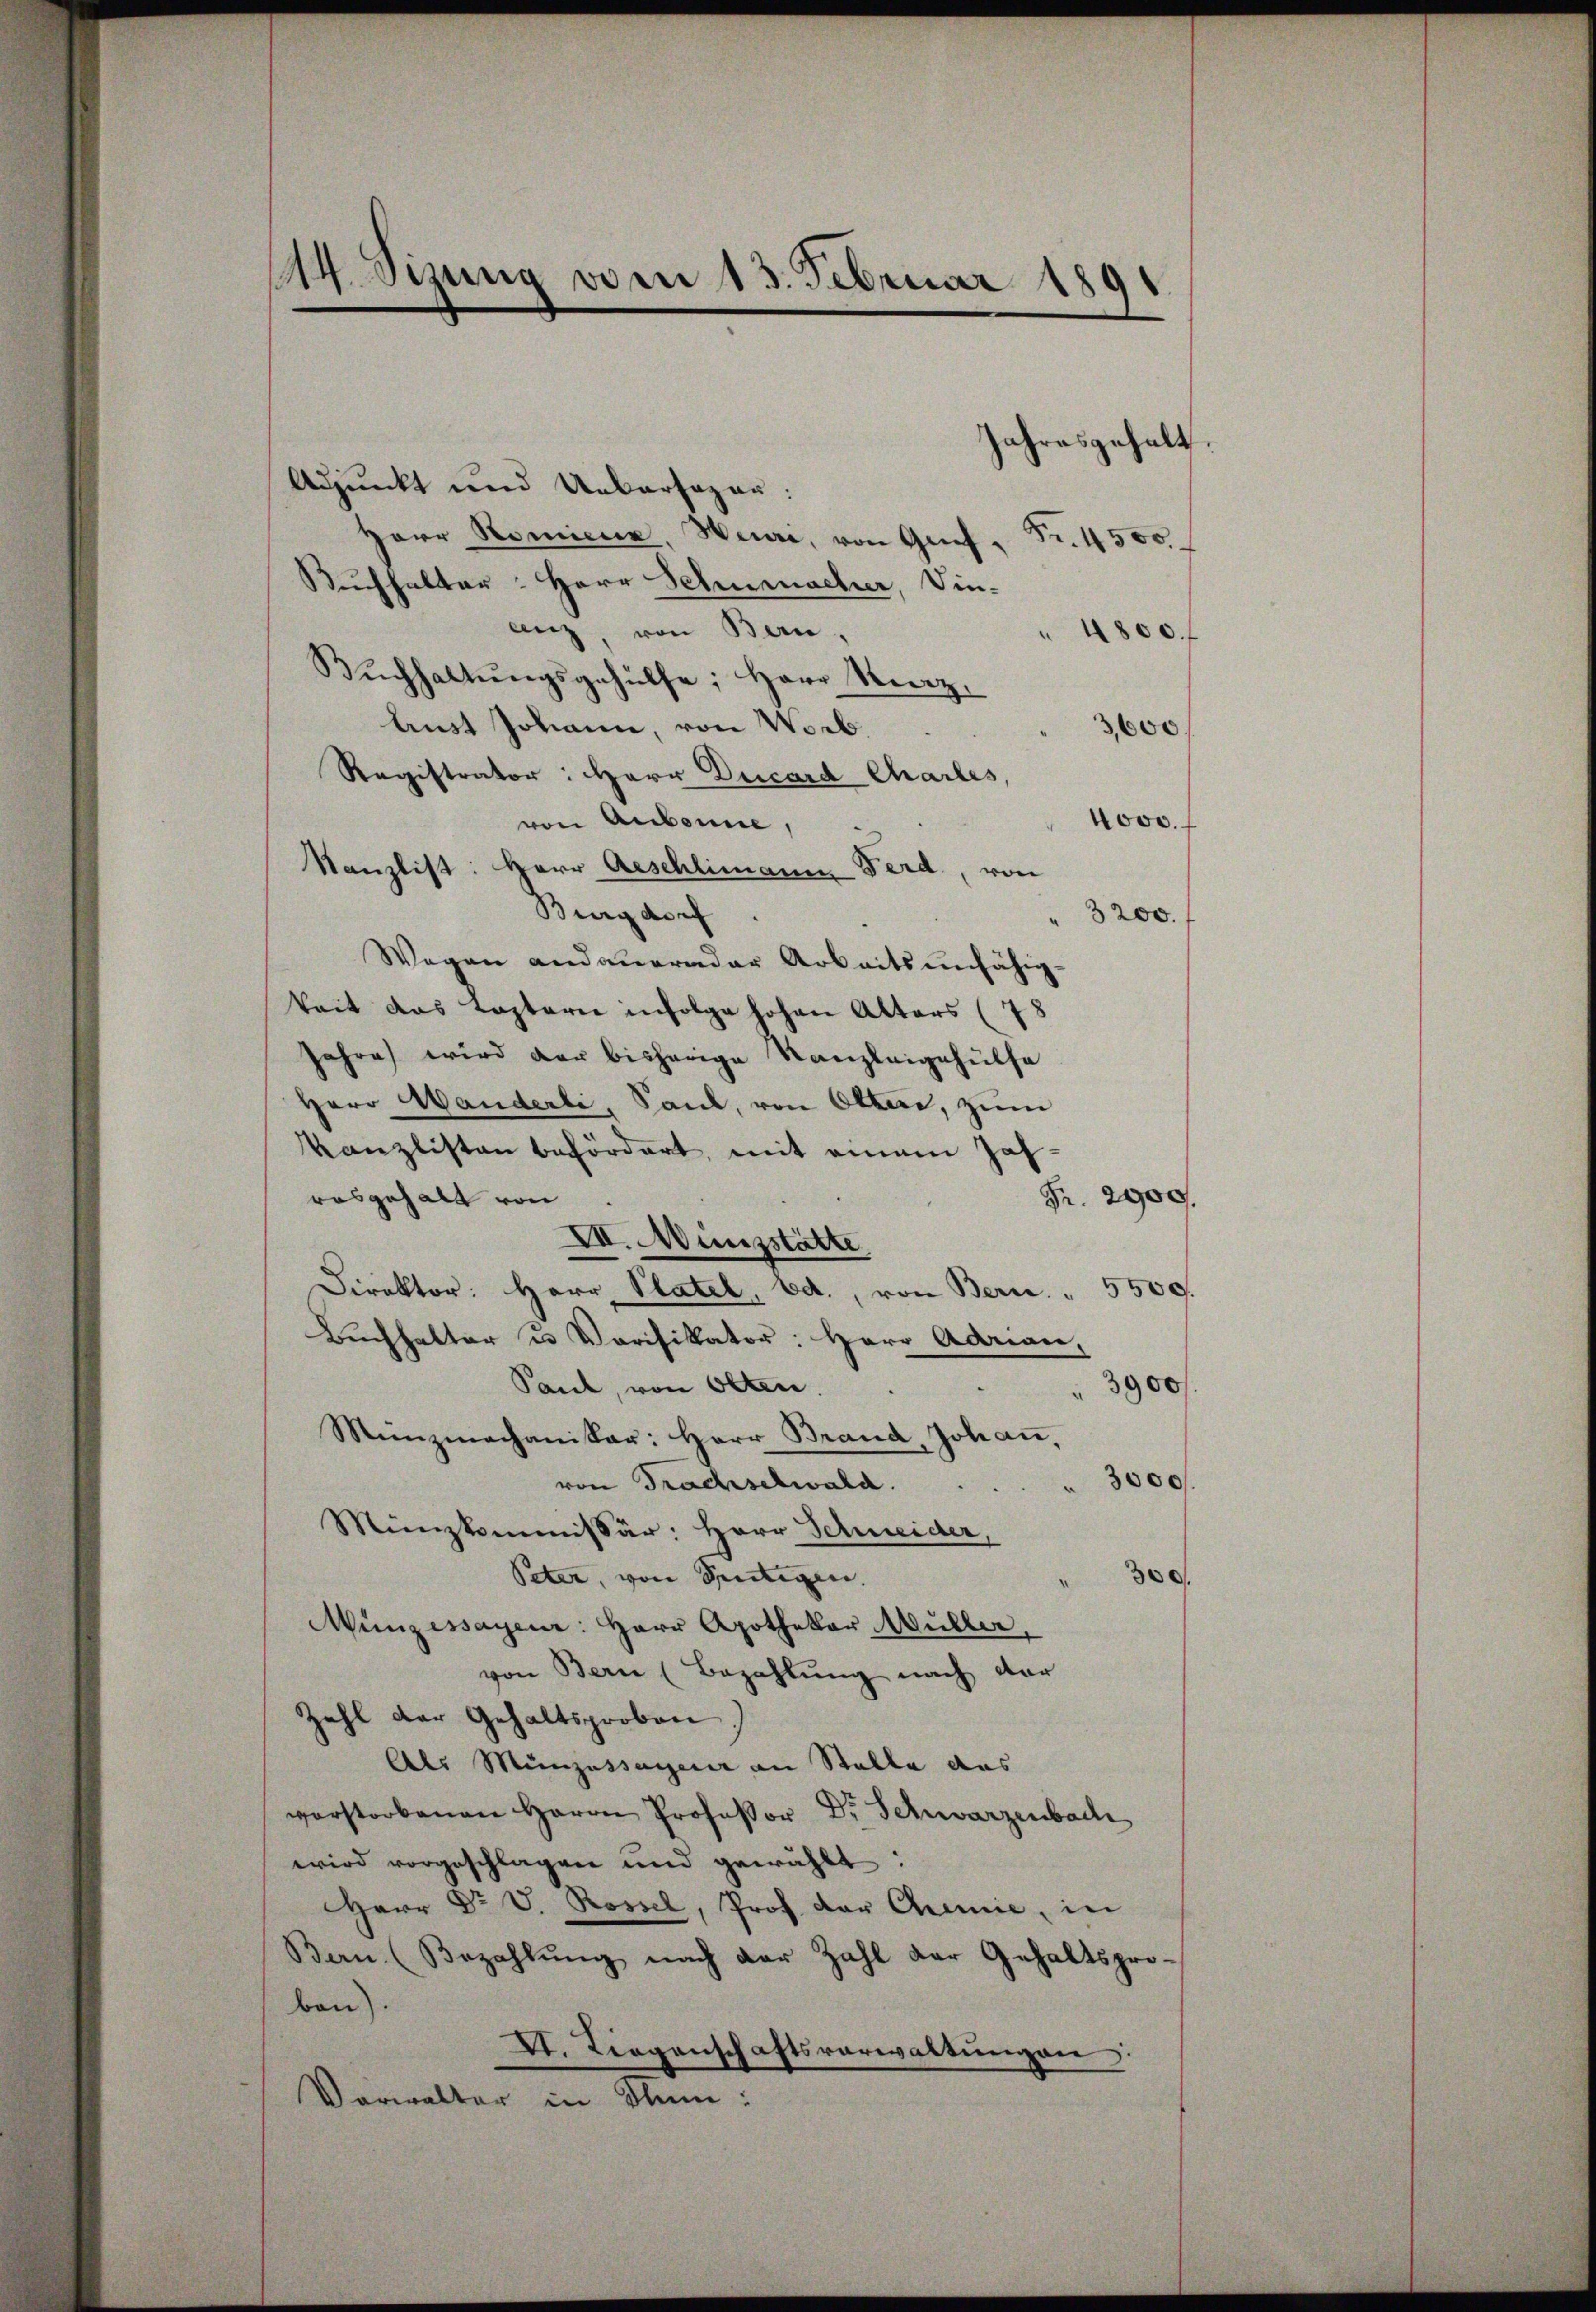
14. Sizung vom 13. Februar 1891

Jahresgehalt.
Adjunkt und Unkarsogar:
Herr Nomine. Weni, von Grief,
Fr. 4500.
Ruchhalter: Herr Schumacher, Vin-
anz, von Bern
4800.
Bŭchhaltŭngsgehülfe, Herr Rez.
lust Johann, von Worb.
3,600.
Registrator: Herr Ducard Chartes,
4000.
von Aubonne,
Kanzlist: Herr Aeschlimann Ferd., von
Burgdorf
" 3200.
Wegen andauerader Arbeitsunfähig-
keit das Lastern infolge hohen Alters (78
Jahre wird der bisherige Kanzleigehülfe
Herr Handerli, Sand, von Otten, zum
Kanzlisten befördert, mit einem Jah¬
Fr. 2900.
rosgehalt von
XII. Münzstätte
Direktor: Herr Platel, Bd., von Bern. " 5500.
Buchhalter u Verifikator: Herr Adrian,
3900/
Paul, von Olten.
Miinznachaniker: Herr Brand, Johann,
3000.
von Trachselwald.
Münzkommissär: Herr Schneider,
Peten, von Sentigen.
300.
Münzessayeur: Herr Apothekar Müller
von Bern (Bezahlŭng nach dar
zahl der Gehaltsproben.
Als Münzessagener an Stelle das
vorstorbenen Herrn Professor Dr. Schwarzenbach
wird vorgeschlagen und gewählt:
Herr Dr V. Rossel, Prof. Der Chemie, in
Bern (Bezahlŭng nach der Zahl der Gehaltspro-
ben).
XI. Liegenschaftsverwaltŭngen:
Verwalter in Klum: